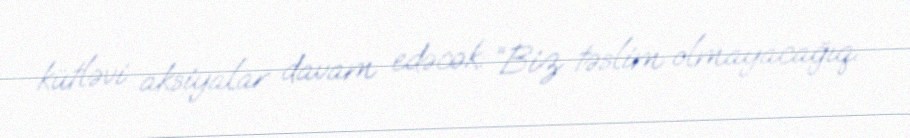
kütləvi aksiyalar davam edəcək: “Biz təslim olmayacağıq.